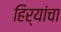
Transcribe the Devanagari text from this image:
हिर्‍यांचा